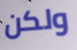
ولكن